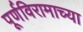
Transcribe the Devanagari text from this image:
पूर्णविरामाच्या